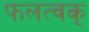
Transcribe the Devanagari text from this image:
फलत्वक्